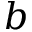
b